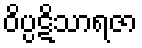
ဝိပ္ပဋိသာရဇာ